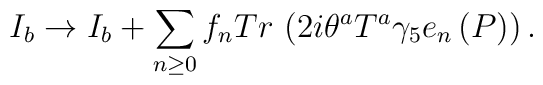
I_{b}\rightarrow I_{b}+\sum\limits_{n\geq 0}f_{n}Tr\,\left( 2i\theta^{a}T^{a}\gamma _{5}e_{n}\left( P\right) \right) .